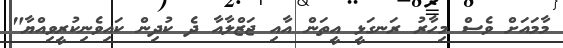
މާމައަށް ވެސް މިހާރު ރަނގަޅީ އީތަން އާއި ޖަޒްލާއާ ދެ ކުދިން ކައިވެނިކުރީވިއްޔާ"